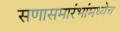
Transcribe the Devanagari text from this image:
सणासमारंभांमध्येच